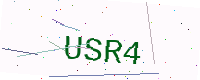
Text: USR4